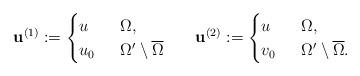
LaTeX: \begin{align*}\mathbf{u}^{(1)}:=\begin{cases} u&\;\;\Omega,\\ u_{0}&\;\;\Omega'\setminus\overline{\Omega}\end{cases}\;\;\;\;\;\;\mathbf{u}^{(2)}:=\begin{cases} u&\;\;\Omega,\\ v_{0}&\;\;\Omega'\setminus\overline{\Omega}.\end{cases}\end{align*}